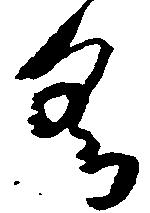
具